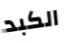
الكبد